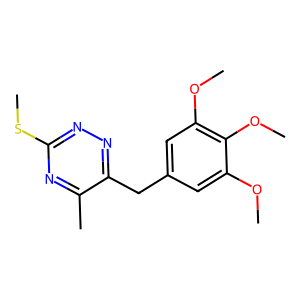
SMILES: COc1cc(Cc2nnc(SC)nc2C)cc(OC)c1OC
Inhibits HIV replication: No